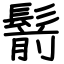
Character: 鬋